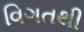
વિગતથી